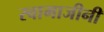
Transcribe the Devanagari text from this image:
स्वामाजीनी